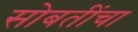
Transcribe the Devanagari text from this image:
सोबतींचा